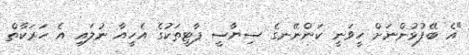
"އެ ބޭފުޅުންނަށް ހީވަނީ ކަންނޭނގެ ސިޔާސީ ޕާޓީތަކުގެ އެހީއާ ނުލައި އެ ހަރަކާތް